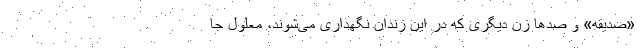
«صدیقه» و صدها زن دیگری که در این زندان نگهداری می‌شوند، معلول جا